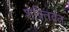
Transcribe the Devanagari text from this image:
शक्तिवंत